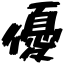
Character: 優